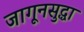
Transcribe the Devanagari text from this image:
जागूनसुद्धा